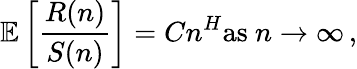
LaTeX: \mathbb{E}\left[{\frac{R(n)}{S(n)}}\right]=Cn^{H}{\mathrm{as~}}n\to\infty\, ,